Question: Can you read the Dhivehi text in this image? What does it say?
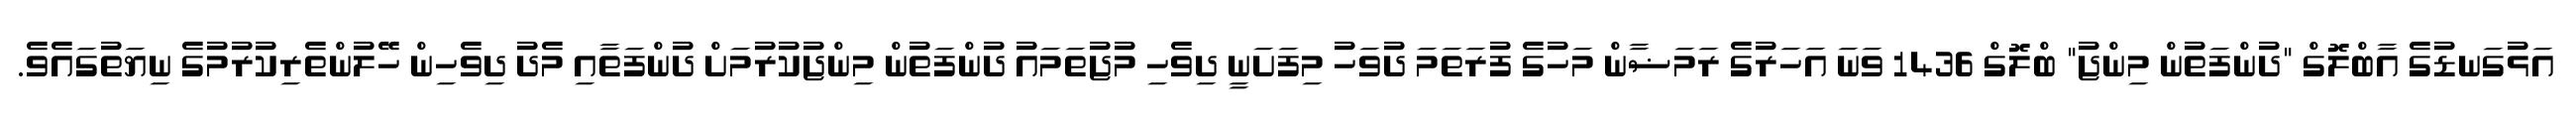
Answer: އަޅުގަނޑުގެ އާބްލޮގް "ދުންފަތުން މިންޖު" ބްލޮގް 1436 ވަނަ އަހަރުގެ ރަމަޟާން މަހުގެ ފުރަތަމަ ދުވަހު މިފަށަނީ ދިވެހި މުޖުތަމައު ދުންފަތުން މިންޖުކުރުމަށް ދުންފަތާއި މެދު ދިވެހިން ހޭލުންތެރިކުރުމުގެ ނިޔަތުގައެވެ.